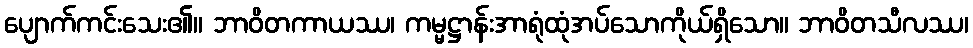
ပျောက်ကင်းသေး၏။ ဘာဝိတကာယဿ၊ ကမ္မဋ္ဌာန်းအာရုံထုံအပ်သောကိုယ်ရှိသော။ ဘာဝိတသီလဿ၊